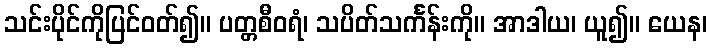
သင်းပိုင်ကိုပြင်ဝတ်၍။ ပတ္တစီဝရံ၊ သပိတ်သင်္ကန်းကို။ အာဒါယ၊ ယူ၍။ ယေန၊